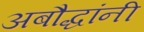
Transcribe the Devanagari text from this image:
अबौद्धांनी